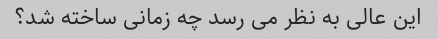
این عالی به نظر می رسد چه زمانی ساخته شد؟